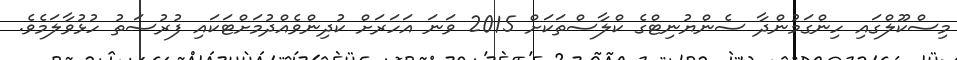
މިސްކޫލްގައި ހިންގަމުންދާ ސެންޔުނިޓްގެ ކްލާސްތަކަށް 2015 ވަނަ އަހަރަށް ކުދިންވެއްދުމަށްޓަކައި ފުރުސަތު ހުޅުވާލަމެވެ.